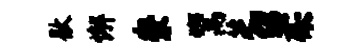
歇懈崇鬻芝绍柔